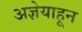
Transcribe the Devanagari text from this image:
अज्ञेयाहून